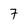
Character: 7